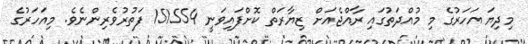
މިދިޔަ އަހަރުގެ މި މުއްދަތުގައި ރާއްޖެއަށް ޒިޔާރަތް ކޮށްފައިވަނީ 151554 ފަތުރުވެރިންނެވެ. މިއަހަރުގެ